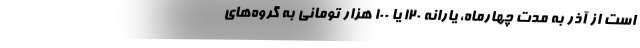
است از آذر به مدت چهارماه، یارانه ۱۲۰ یا ۱۰۰ هزار تومانی به گروه‌های